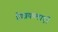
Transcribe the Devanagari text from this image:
चित्रकलाएँ।